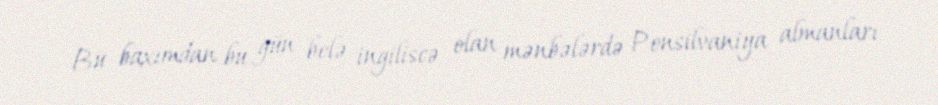
Bu baxımdan bu gün belə ingiliscə olan mənbələrdə Pensilvaniya almanları